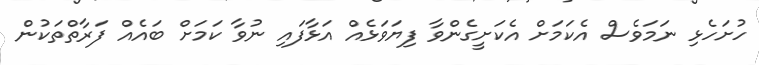
ހުށަހެޅި ނަމަވެސް އެކަމަށް އެކަށީގެންވާ ފިޔަވަޅެއް އަޅާފައި ނުވާ ކަމަށް ބައެއް ފަރާތްތަކުން